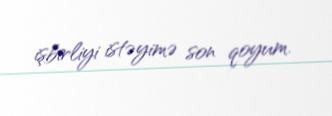
işbirliyi istəyimə son qoyum.